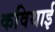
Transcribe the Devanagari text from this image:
कविथाई